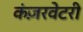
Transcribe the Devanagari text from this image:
कंज़रवेटरी